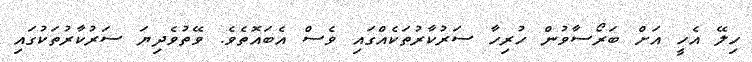
ހިލޭ އެހީ އަށް ބަރޯސާވުން ހުރިހާ ސަރުކާރުތަކެއްގައި ވެސް އެބައޮތެވެ. ވޭތުވެދިޔަ ސަރުކާރުތަކުގައި